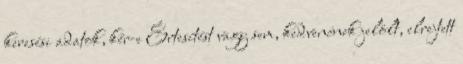
keresési adatok, kér-e Értesítést vagy sem, kedvencnek jelölt, elrejtett